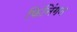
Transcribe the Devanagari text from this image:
फिंनिंगन